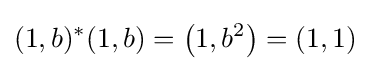
(1,b)^{*}(1,b)=\left(1,b^{2}\right)=(1,1)